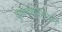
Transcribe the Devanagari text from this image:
दुष्काळादरम्यान